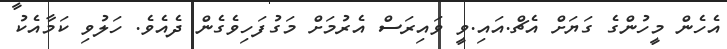
އެހެން މީހުންގެ ގަޔަށް އެޗް.އައި.ވީ ވައިރަސް އެރުމަށް މަގުފަހިވެގެން ދެއެވެ. ހަލުވި ކަމާއެކު